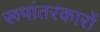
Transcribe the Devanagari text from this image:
रूपांतरकारों